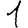
Digit: 1